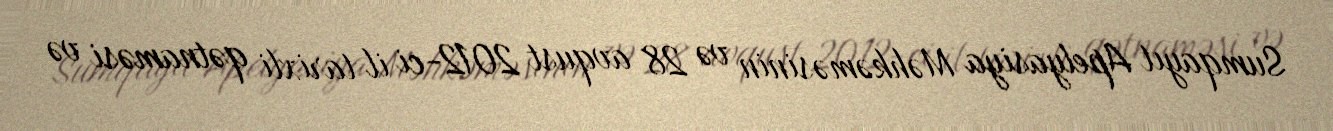
Sumqayıt Apelyasiya Məhkəməsinin və 28 avqust 2012-ci il tarixli qətnaməsi və